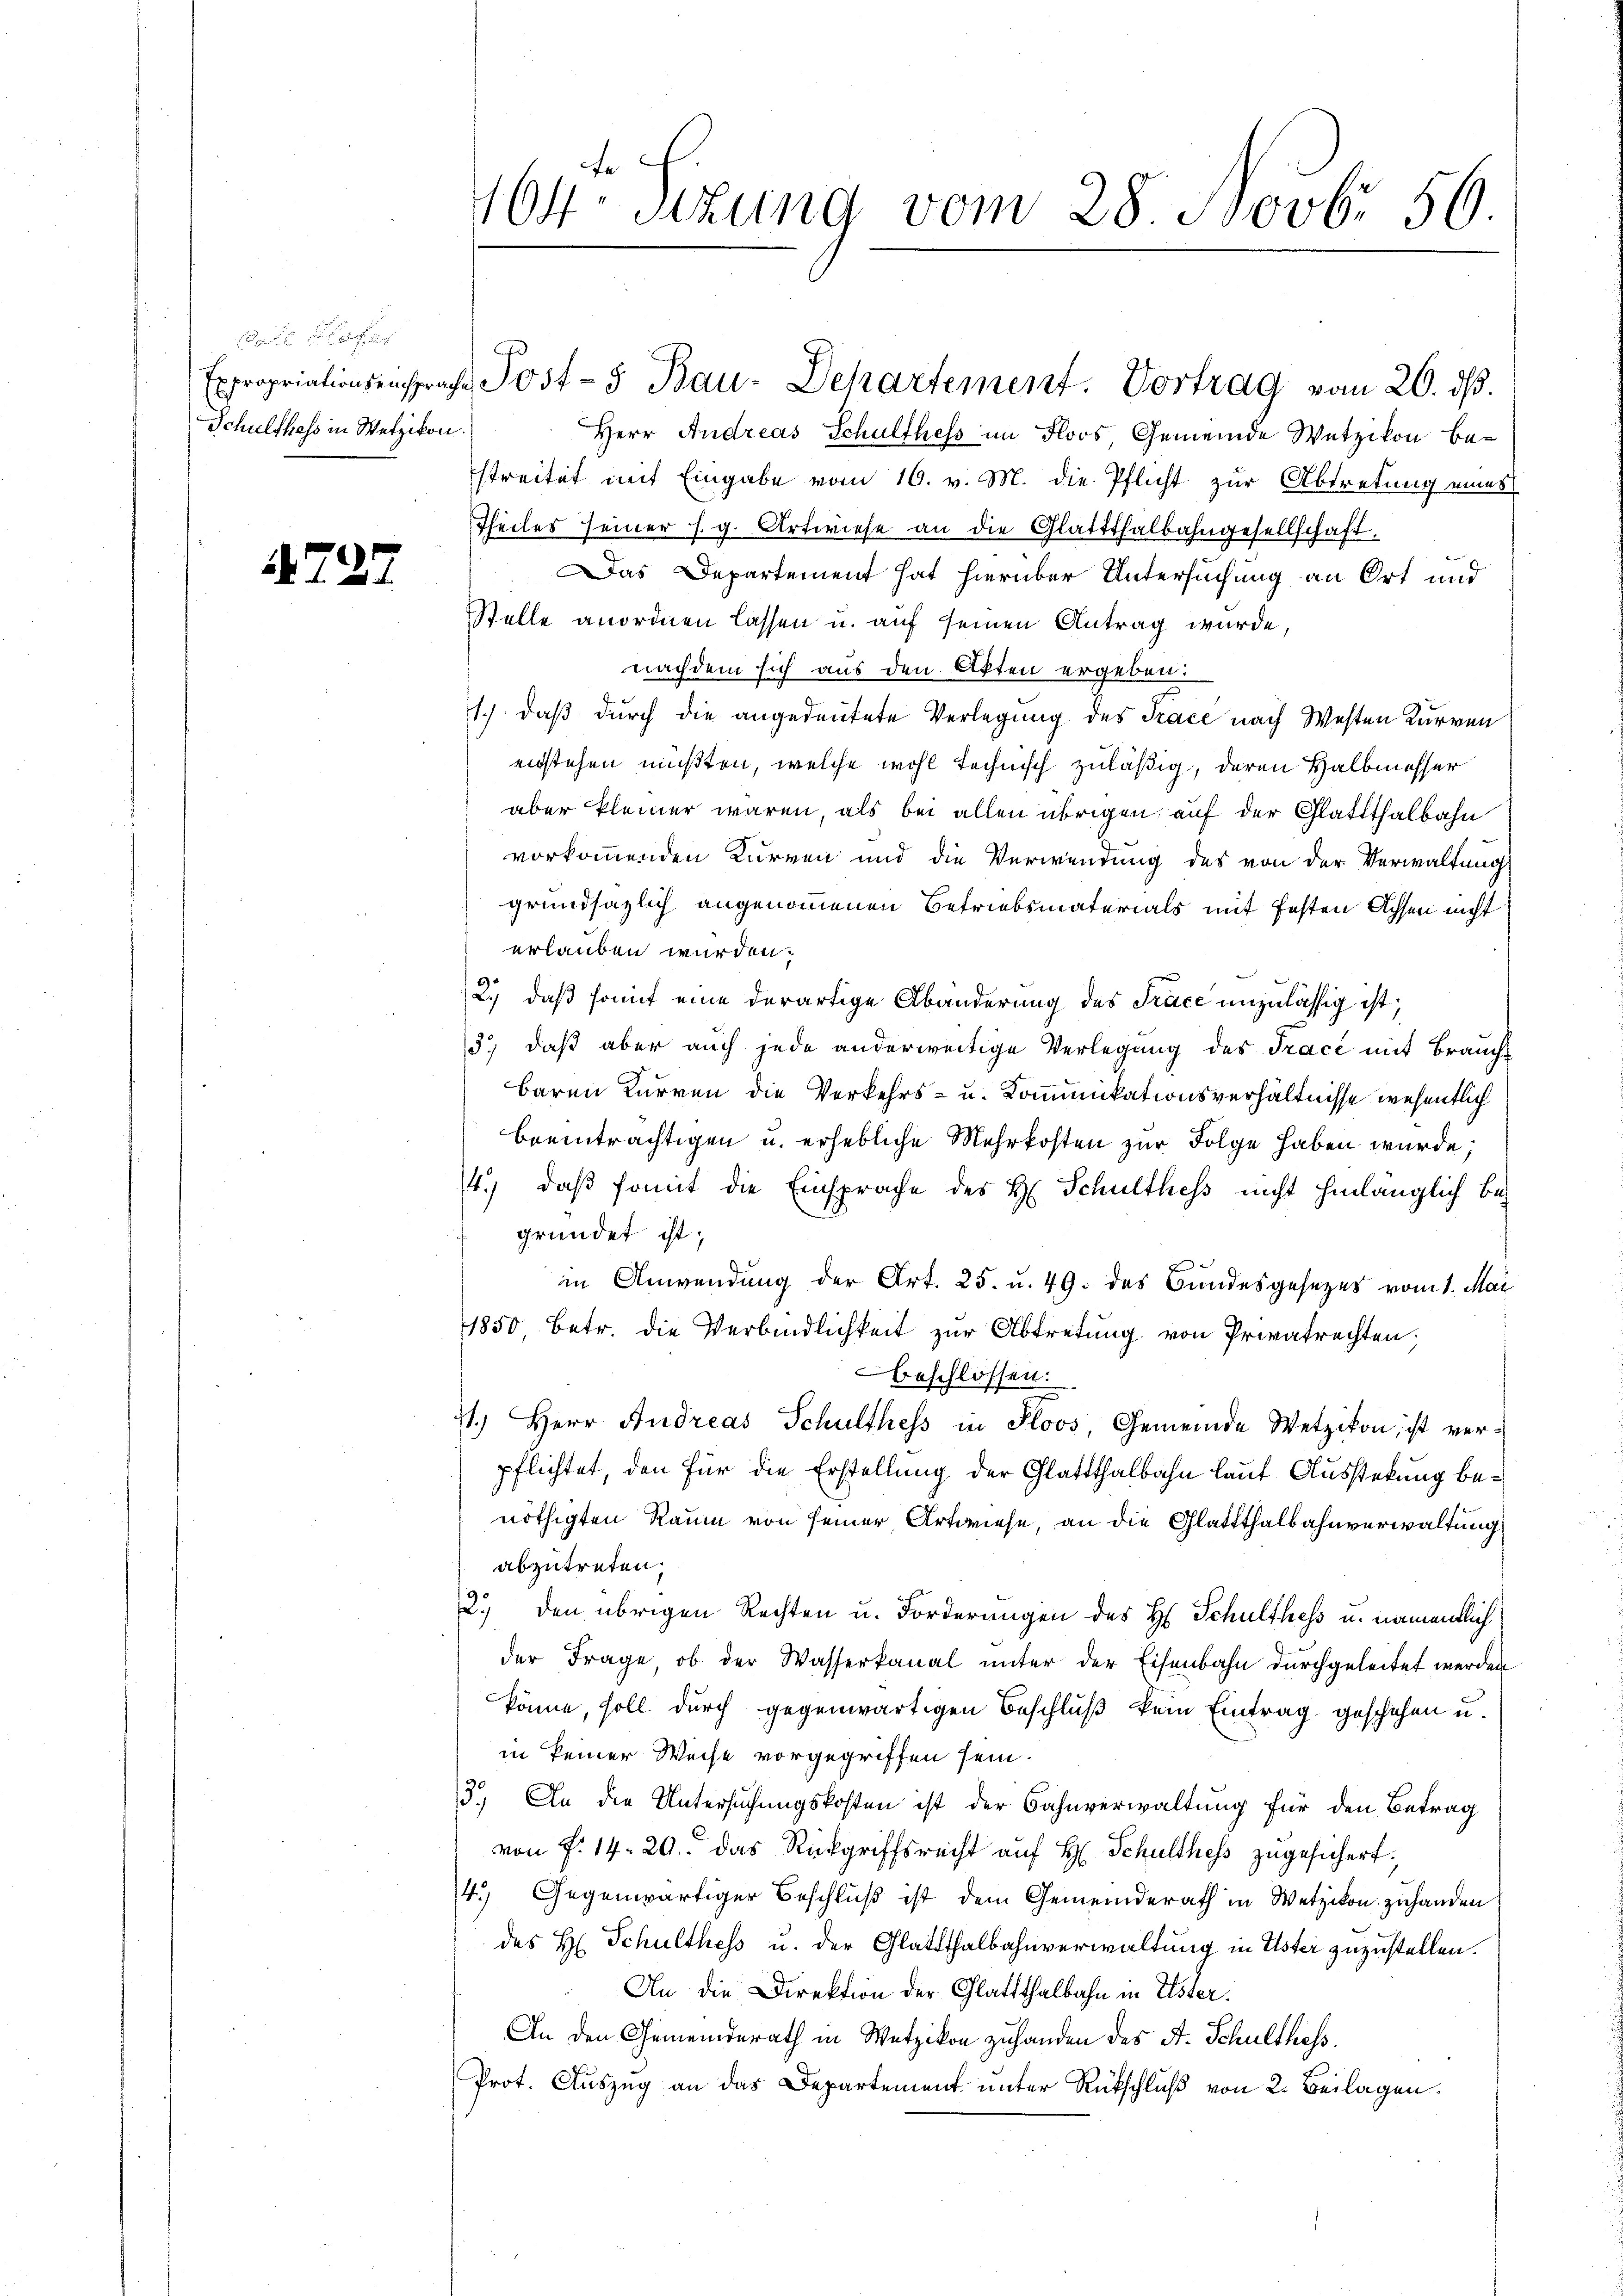
Schulthess in Wetzikon.

A227

Herr Andreas Schulthess im Floos Gemeinde Wetzikon bestreitet mit Eingabe vom 16. v. M. die Pflicht zur Abtretung eines
Theiles seiner s. g. Artwiese an die Glattthalbahngesellschaft.
Das Departement hat hierüber Untersuchung an Ort und
Stelle anordnen lassen u. auf seinen Antrag wurde,
nachdem sich aus den Akten ergeben:
1.) daß durch die angedeutete Verlegung des Trace nach Westen Kurven
enstehen müßten, welche wohl technisch zuläßig, deren Halbmesser
aber kleiner waren, als bei allen übrigen auf der Glattthalbahn
vorkommenden Kurven und die Verwendung des von der Verwaltung
grundsätzlich angenommenen Betriebsmaterials mit festen Achsen nicht
erlauben wurden.
f
2.) daß somit eine derartige Abänderung des Trace unzulässig ist,
3.) daß aber auch jede anderweitige Verlegung des Tracé mit Brauche
baren Kurren die Verkehrs- u. Kommunikationsverhältnisse wesentlich
beeinträchtigen u. erhebliche Mehrkosten zur Folge haben wurde;
4.) daß somit die Einsprache des H. Schulthess nicht hinlänglich be-
gründet ist;
in Anwendung der Art. 25. u. 49. des Bundesgesezes vom 1. Mai
1850, betr. die Verbindlichkeit zur Abtretung von Privatrechten;
beschlossen:
71.) Herr Andreas Schulthess in Floos, Gemeinde Wetzikon ist verpflichtet, den für die Erstellung der Glattthalbahn laut Ausstekung benöthigten Raum von seiner Artwiese, an die Glattthalbahnverwaltung
abzutreten,
2.) den übrigen Rechten u. Forderungen des H. Schulthess u. namentlich
der Frage, ob der Wasserkanal unter der Eisenbahn durchgeleitet werden
könne, soll durch gegenwärtigen Beschluß kein Eintrag geschehen u.
in keiner Weise vorgegriffen sein.
3.) An die Untersuchungskosten ist der Bahnverwaltung für den Betrag
von f. 14. 20. Das Rückgriffsrecht auf H. Schulthess zugesichert.
14.) Gegenwärtiger Beschluß ist dem Gemeinderath in Wetzikon zuhanden
des H. Schulthess u. der Glattthalbahnverwaltung in Uster zuzustellen.
An die Direktion der Glattthalbahn in Uster.
An den Gemeinderath in Wetzikon zuhanden des A. Schulthess.
Prot. Auszug an das Departement unter Rückschluß von 2. Beilagen.

164te Sizung vom 28. Novb. 56.

Expropriationsensprache Post- & Bau-Dehartement. Vortrag vom 26. ds.